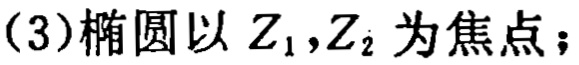
(3)椭圆以 \(Z_{1},Z_{2}\) 为焦点；